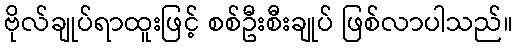
ဗိုလ်ချုပ်ရာထူးဖြင့် စစ်ဦးစီးချုပ် ဖြစ်လာပါသည်။